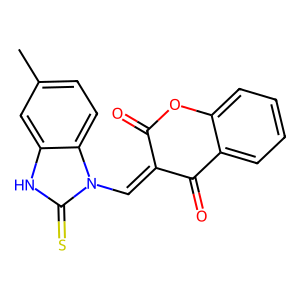
SMILES: Cc1ccc2c(c1)[nH]c(=S)n2C=C1C(=O)Oc2ccccc2C1=O
Inhibits HIV replication: No